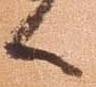
候